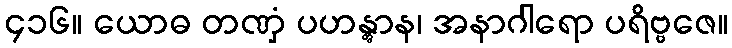
၄၁၆။ ယောဓ တဏှံ ပဟန္တွာန၊ အနာဂါရော ပရိဗ္ဗဇေ။